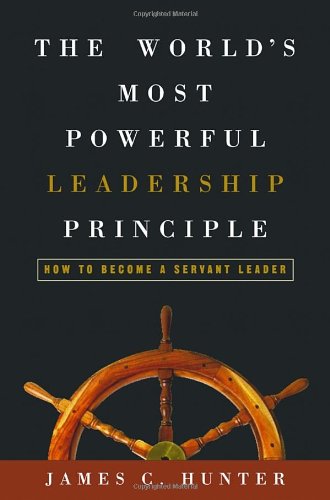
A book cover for The World's Most Powerful Leadership Principle: How to Become a Servant Leader; James C. Hunter; Business & Money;